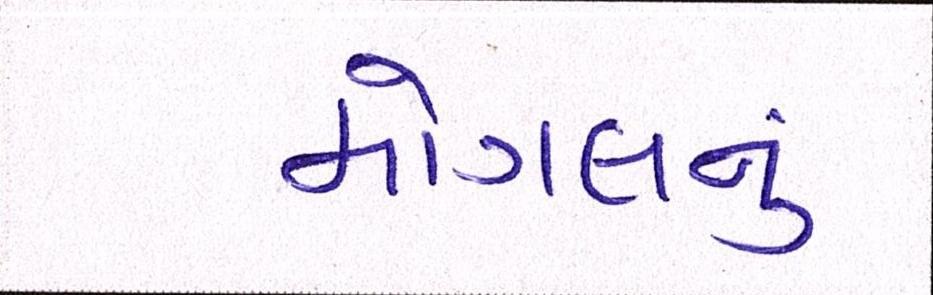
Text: મોગલનું